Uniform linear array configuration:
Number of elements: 64
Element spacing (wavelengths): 1
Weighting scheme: blackman
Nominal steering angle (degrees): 15
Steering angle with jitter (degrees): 13.483
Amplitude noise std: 0.05
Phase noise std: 0.05

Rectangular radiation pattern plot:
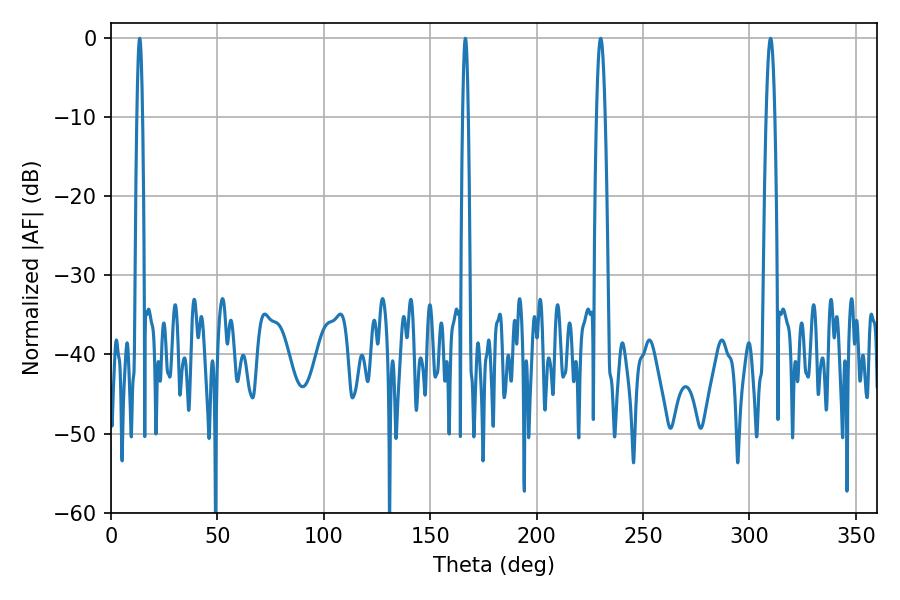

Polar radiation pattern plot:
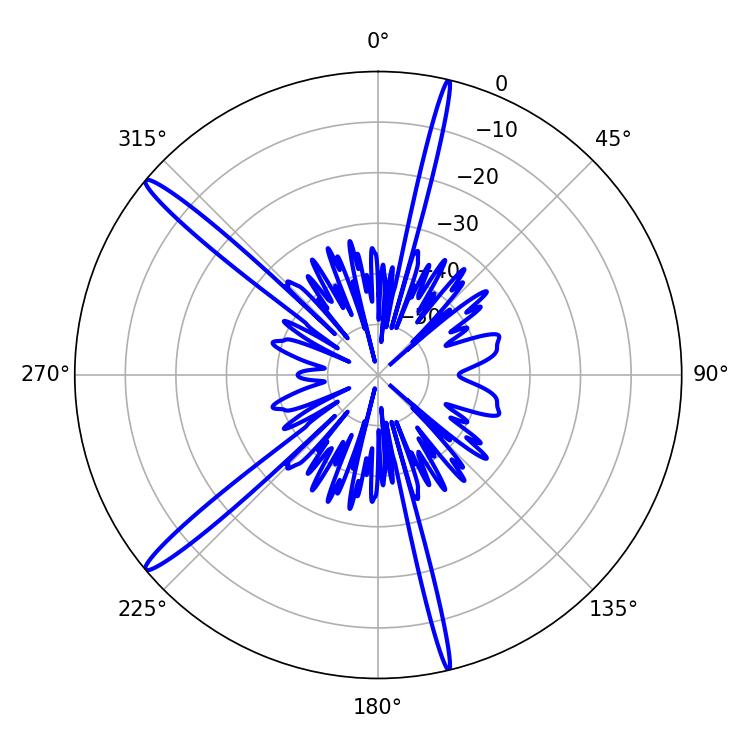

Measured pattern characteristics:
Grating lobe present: TRUE
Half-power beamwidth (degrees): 1.44
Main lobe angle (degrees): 13.5